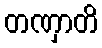
တဏှာတိ